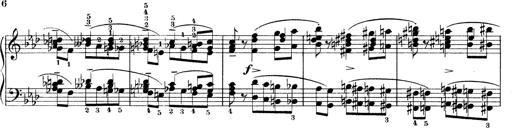
Title: Variationen Ã¼ber das Motiv von Bach
Composer: Franz Liszt